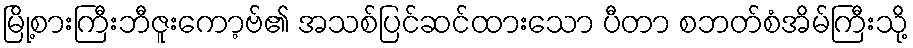
မြို့စားကြီးဘီဇူးကော့ဗ်၏ အသစ်ပြင်ဆင်ထားသော ပီတာ စဘတ်စံအိမ်ကြီးသို့